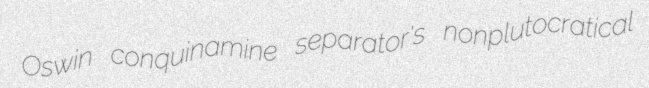
Oswin conquinamine separator's nonplutocratical